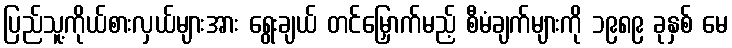
ပြည်သူ့ကိုယ်စားလှယ်များအား ရွေးချယ် တင်မြှောက်မည့် စီမံချက်များကို ၁၉၈၉ ခုနှစ် မေ